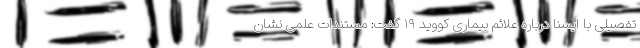
تفصیلی با ایسنا درباره علائم بیماری کووید ۱۹ گفت: مستندات علمی نشان